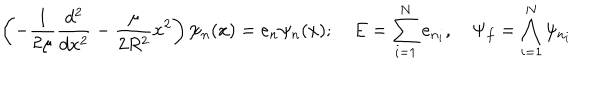
\left( - \frac { 1 } { 2 \mu } \frac { d ^ { 2 } } { d x ^ { 2 } } - \frac { \mu } { 2 R ^ { 2 } } x ^ { 2 } \right) \psi _ { n } ( x ) = e _ { n } \psi _ { n } ( x ) ; \quad E = \sum _ { i = 1 } ^ { N } e _ { n _ { i } } , \quad \Psi _ { f } = \bigwedge _ { i = 1 } ^ { N } \psi _ { n _ { i } }